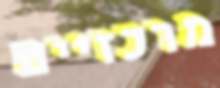
מרכזיים